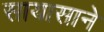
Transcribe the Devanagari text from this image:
सायासाने